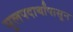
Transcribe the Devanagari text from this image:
मूलपदार्थांपासून